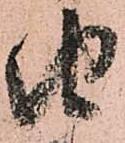
由